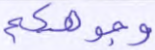
وجوهكم